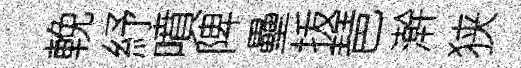
輓紓噴陴壘㧞琶澣狭